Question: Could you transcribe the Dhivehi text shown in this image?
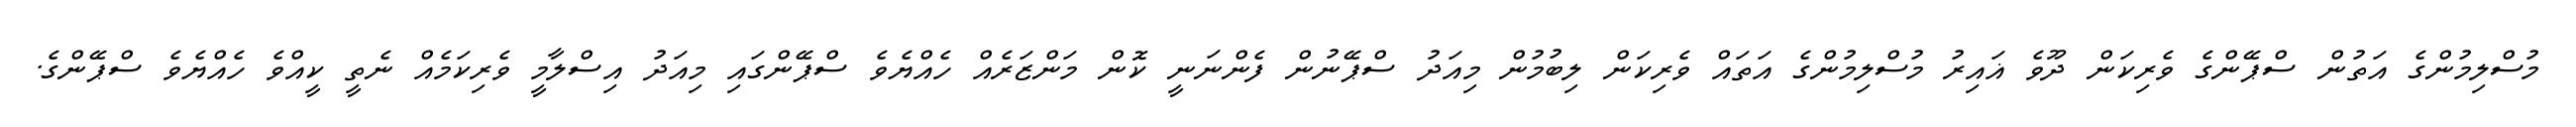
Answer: މުސްލިމުންގެ އަތުން ސްޕޭންގެ ވެރިކަން ދޫވެ ޣައިރު މުސްލިމުންގެ އަތައް ވެރިކަން ލިބުމުން މިއަދު ސްޕޭނުން ފެންނަނީ ކޮން މަންޒަރެއް ހެއްޔެވެ ސްޕޭންގައި މިއަދު އިސްލާމީ ވެރިކަމެއް ނެތީ ކީއްވެ ހެއްޔެވެ ސްޕޭންގެ.